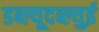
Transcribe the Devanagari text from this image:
डब्ल्यूदब्ल्युई